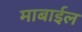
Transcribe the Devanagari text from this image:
माबाईल